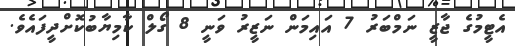
އެޓީމުގެ ޖާޒީ ނަމްބަރު 7 އައިމަން ނަޒީރު ވަނީ 8 ގޯލް ކާމިޔާބުކޮށްދީފައެވެ.